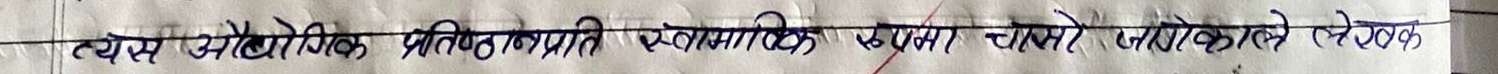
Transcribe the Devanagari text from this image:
त्यस्त औद्योगिक प्रतिष्ठानप्रति स्वाभाविक उपमा चलाउने जायज लेखक